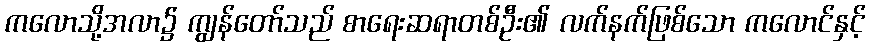
ကလောသို့အလာ၌ ကျွန်တော်သည် စာရေးဆရာတစ်ဦး၏ လက်နက်ဖြစ်သော ကလောင်နှင့်